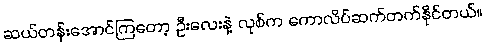
ဆယ်တန်းအောင်ကြတော့ ဦးလေးနဲ့ လုစ်က ကောလိပ်ဆက်တက်နိုင်တယ်။